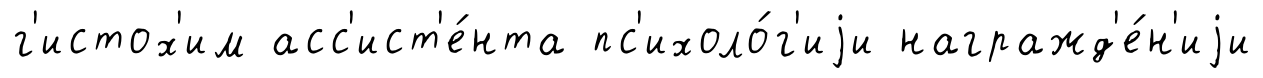
г'истох'им асс'ист'е́нта пс'ихоло́г'иjи награжд'е́н'иjи